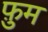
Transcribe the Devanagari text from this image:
फ़ुम